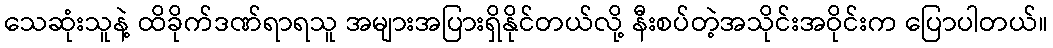
သေဆုံးသူနဲ့ ထိခိုက်ဒဏ်ရာရသူ အများအပြားရှိနိုင်တယ်လို့ နီးစပ်တဲ့အသိုင်းအဝိုင်းက ပြောပါတယ်။